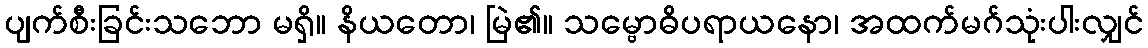
ပျက်စီးခြင်းသဘော မရှိ။ နိယတော၊ မြဲ၏။ သမ္ဗောဓိပရာယနော၊ အထက်မဂ်သုံးပါးလျှင်